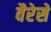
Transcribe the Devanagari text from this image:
वैरेसे